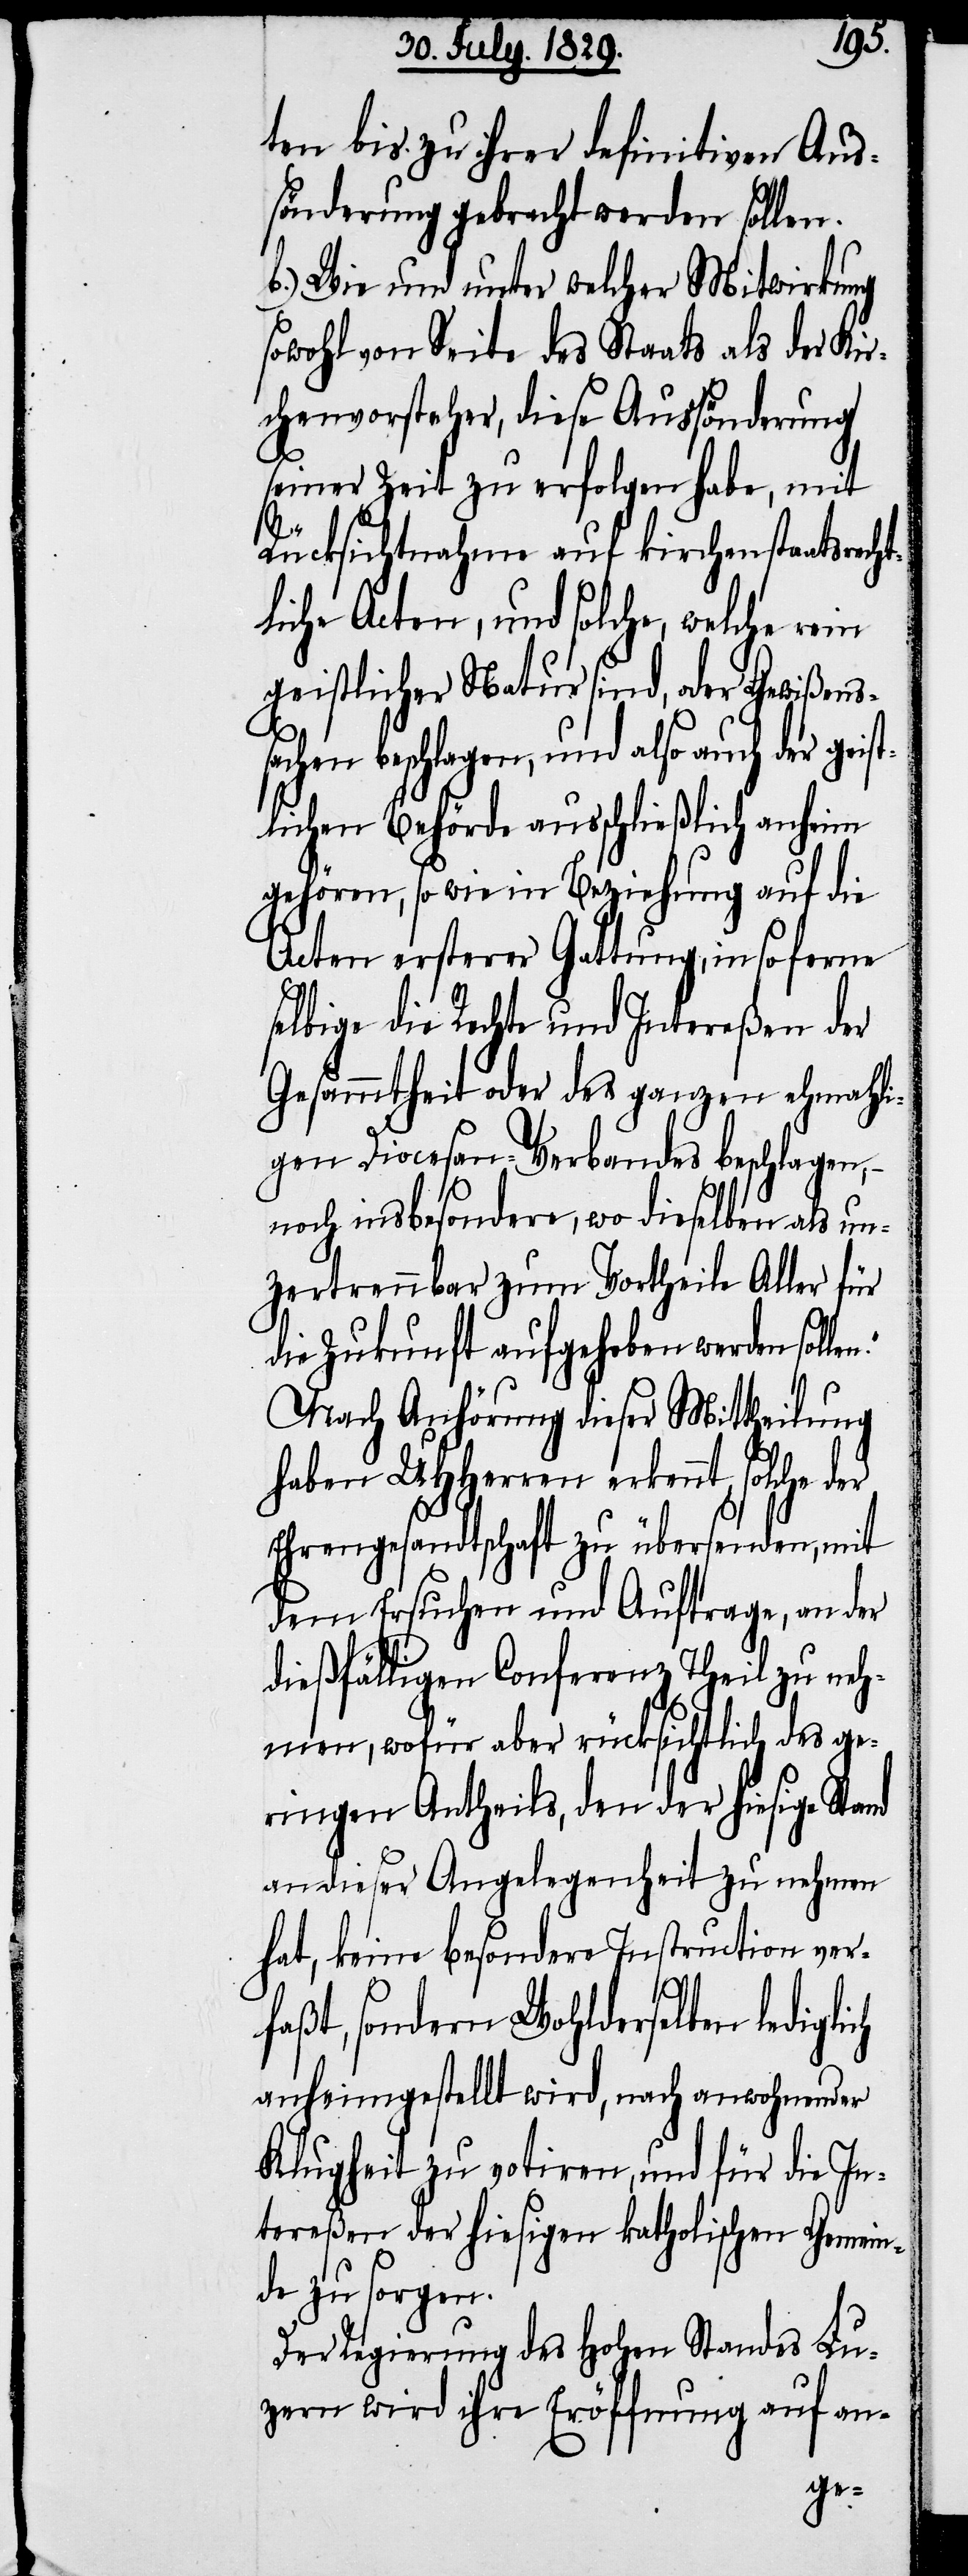
en.“
ten bis zu ihrer definitiven Aus¬
sönderung gebracht werden sollen.
b.) Wie und unter welcher Mitwirkung
sowohl von Seite des Staats als der Kir¬
chenvorsteher, diese Ausänderung
seiner Zeit zu erfolgen habe, mit
Rücksichtnahme auf kirchenstaatsrech¬
tliche Acten, und solche, welche rein
geistlicher Natur sind, oder Gewißens¬
sachen beschlagen, und also auch der gei¬
stlichen Behörde ausschließlich anheim
gehören, so wie in Beziehung auf die
Acten ersterer Gattung, in so ferne
selbige die Rechte und Intereßen der
Gesammtheit oder des ganzen ehemahli¬
gen Diocesan-Verbandes beschlagen,
noch insbesondere, wo dieselben als un¬
zertrennbar zum Vortheile Aller für
die Zukunft aufgehoben werden soll¬
Nach Anhörung dieser Mittheilung
haben UHHerren erkennt, solche der
Ehrengesandtschaft zu übersenden, mit
dem Ersuchen und Auftrage, an der
dießfälligen Conferenz Theil zu neh¬
men, wofür aber rücksichtlich des ge¬
ringen Antheils, den der hiesige Stand
an dieser Angelegenheit zu nehmen
hat, keine besondere Instruction ver¬
faßt, sondern Wohlderselben lediglich
anheimgestellt wird, nach anwohnender
Klugheit zu votiren, und für die In¬
tereßen der hiesigen katholischen Gemein¬
de zu sorgen.
Der Regierung des Hohen Standes Lu¬
zern wird ihre Eröffnung auf an-